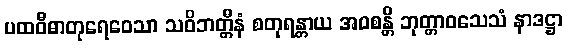
ပထဝီဓာတုရေဝေသာ သဝိဘတ္တီနံ စတုရန္တာယ အဝစန္တိ ဘုတ္တာဝသေသံ နာဒဋ္ဌာ